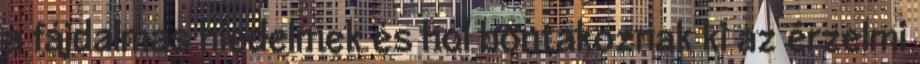
a fájdalmas hiedelmek és hol bontakoznak ki az érzelmi